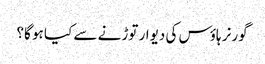
گورنر ہاؤس کی دیوار توڑنے سے کیا ہو گا؟